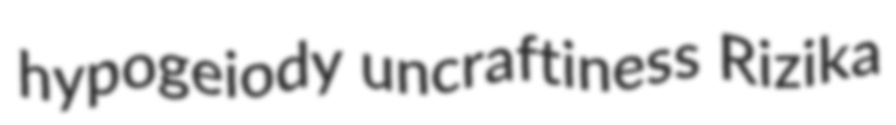
hypogeiody uncraftiness Rizika